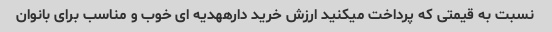
نسبت به قیمتی که پرداخت میکنید ارزش خرید دارههدیه ای خوب و مناسب برای بانوان